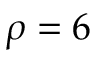
\rho = 6